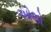
ઓશો